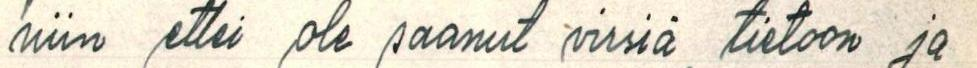
niin ettei ole saanut virsiä tietoon ja